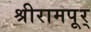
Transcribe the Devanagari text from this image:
श्रीरामपूर्